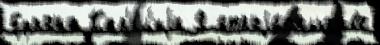
Ефрона Кар'е́л'иjи Я строjи́т'ельство